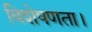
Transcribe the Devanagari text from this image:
विशेषणता।